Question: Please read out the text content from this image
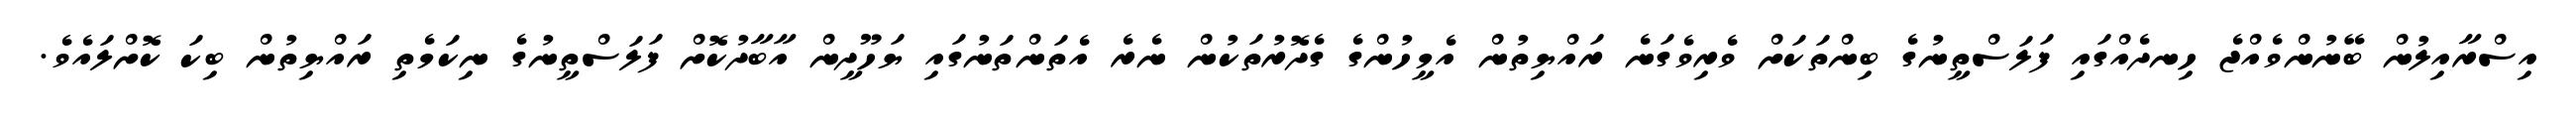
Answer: އިސްރާއިލުން ބޭނުންވެއްޖެ ހިނދެއްގައި ފަލަސްތީނުގެ ބިންތަކަށް ވެރިވެގަނެ ރައްޔިތުން އެމީހުންގެ ގެދޮރުތަކުން ނެރެ އެތަންތަނުގައި ޔަހޫދީން އާބާދުކޮށް ފަލަސްތީނުގެ ނިކަމެތި ރައްޔިތުން ބިކަ ކޮށްލައެވެ.